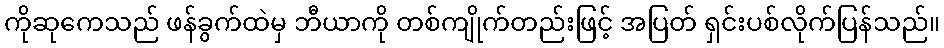
ကိုဆုကေသည် ဖန်ခွက်ထဲမှ ဘီယာကို တစ်ကျိုက်တည်းဖြင့် အပြတ် ရှင်းပစ်လိုက်ပြန်သည်။